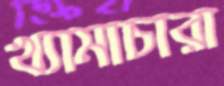
খ্যামাচারা